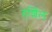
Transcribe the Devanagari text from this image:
हर्शिल